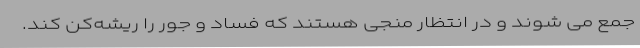
جمع می شوند و در انتظار منجی هستند که فساد و جور را ریشه‌کن کند.